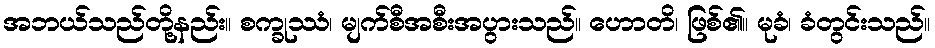
အဘယ်သည်တို့နည်း။ စက္ခုဿံ၊ မျက်စီအစီးအပွားသည်။ ဟောတိ၊ ဖြစ်၏။ မုခံ၊ ခံတွင်းသည်။